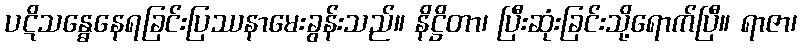
ပဋိသန္ဓေနေရခြင်းပြဿနာမေးခွန်းသည်။ နိဋ္ဌိတာ၊ ပြီးဆုံးခြင်းသို့ရောက်ပြီ။ ရာဇာ၊